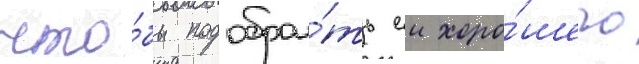
что́бы подобра́ть еи хоро́шего